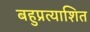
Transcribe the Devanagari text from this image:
बहुप्रत्याशित